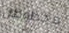
محظوظان